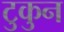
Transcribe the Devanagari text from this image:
टुकुन